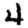
Digit: 4